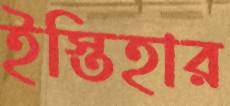
ইস্তিহার